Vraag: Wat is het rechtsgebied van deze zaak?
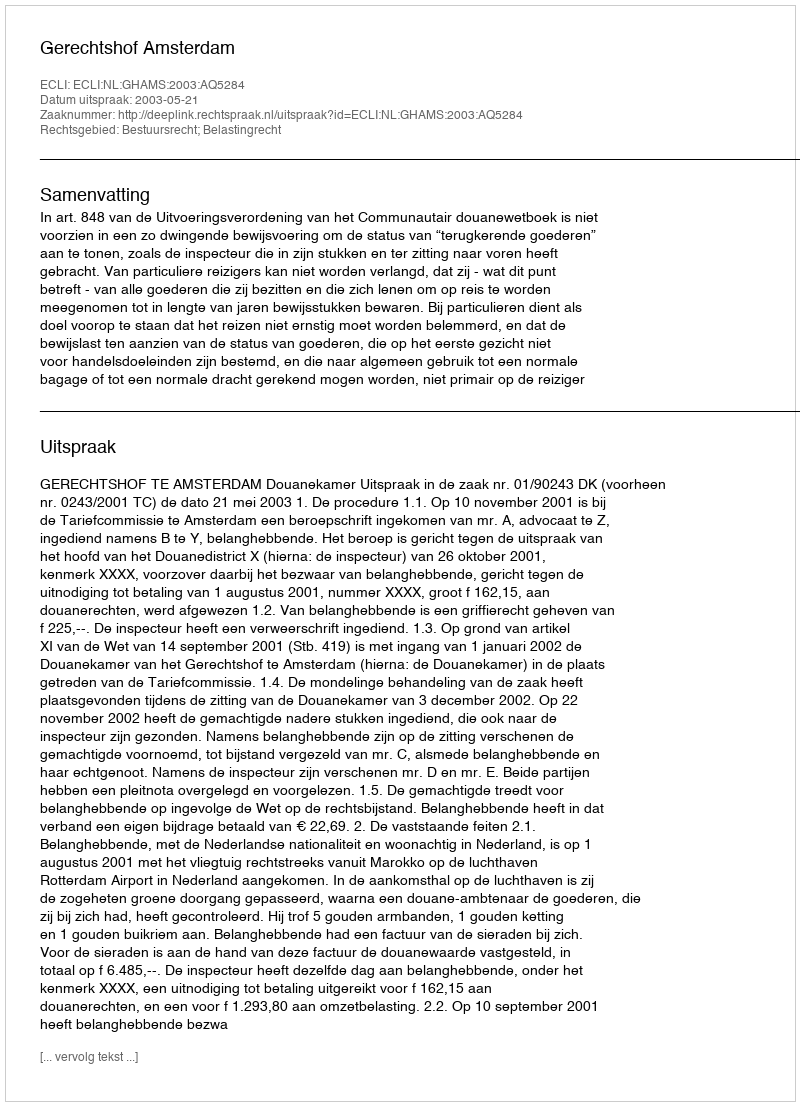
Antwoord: Bestuursrecht; Belastingrecht